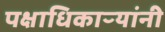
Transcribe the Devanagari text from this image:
पक्षाधिकाऱ्यांनी